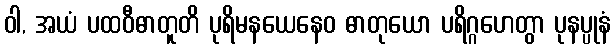
ဝါ, အယံ ပထဝီဓာတူတိ ပုရိမနယေနေဝ ဓာတုယော ပရိဂ္ဂဟေတွာ ပုနပ္ပုနံ